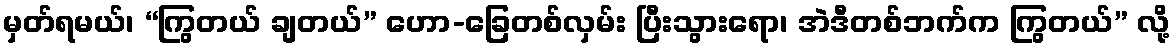
မှတ်ရမယ်၊ “ကြွတယ် ချတယ်” ဟော-ခြေတစ်လှမ်း ပြီးသွားရော၊ အဲဒီတစ်ဘက်က ကြွတယ်” လို့